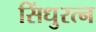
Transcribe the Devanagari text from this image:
सिंधुरत्न